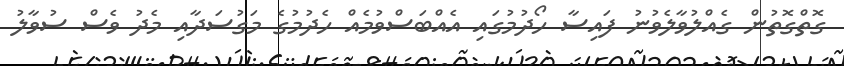
ގޮތްގޮތުން ގެއްލުވާލެވުނު ފައިސާ ހޯދުމުގައި އެއްބަސްވުމެއް ހެދުމުގެ މަގުސަދާއި މެދު ވެސް ސުވާލު